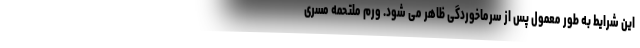
این شرایط به طور معمول پس از سرماخوردگی ظاهر می شود. ورم ملتحمه مسری